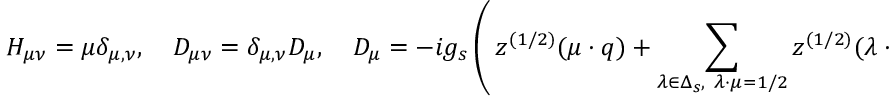
H _ { \mu \nu } = \mu \delta _ { \mu , \nu } , \quad D _ { \mu \nu } = \delta _ { \mu , \nu } D _ { \mu } , \quad D _ { \mu } = - i g _ { s } \left( \, z ^ { ( 1 / 2 ) } ( \mu \cdot q ) + \sum _ { \lambda \in \Delta _ { s } , \ \lambda \cdot \mu = 1 / 2 } z ^ { ( 1 / 2 ) } ( \lambda \cdot q ) \right) ,